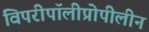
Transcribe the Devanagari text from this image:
विपरीपॉलीप्रोपीलीन